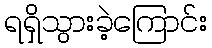
ရရှိသွားခဲ့ကြောင်း